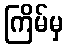
ကြိမ်မှ